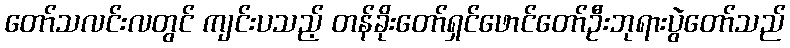
တော်သလင်းလတွင် ကျင်းပသည့် တန်ခိုးတော်ရှင်ဖောင်တော်ဦးဘုရားပွဲတော်သည်